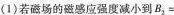
(1)若磁场的磁感应强度减小到B2=